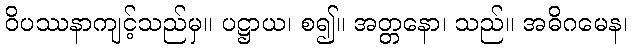
ဝိပဿနာကျင့်သည်မှ။ ပဋ္ဌာယ၊ စ၍။ အတ္တနော၊ သည်။ အဓိဂမေန၊